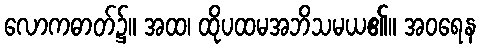
လောကဓာတ်၌။ အထ၊ ထိုပထမအဘိသမယ၏။ အဝရေန